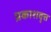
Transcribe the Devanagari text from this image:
प्रकाशवृत्त